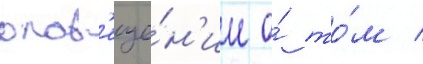
опов'еще́н'ие о́ то́м /